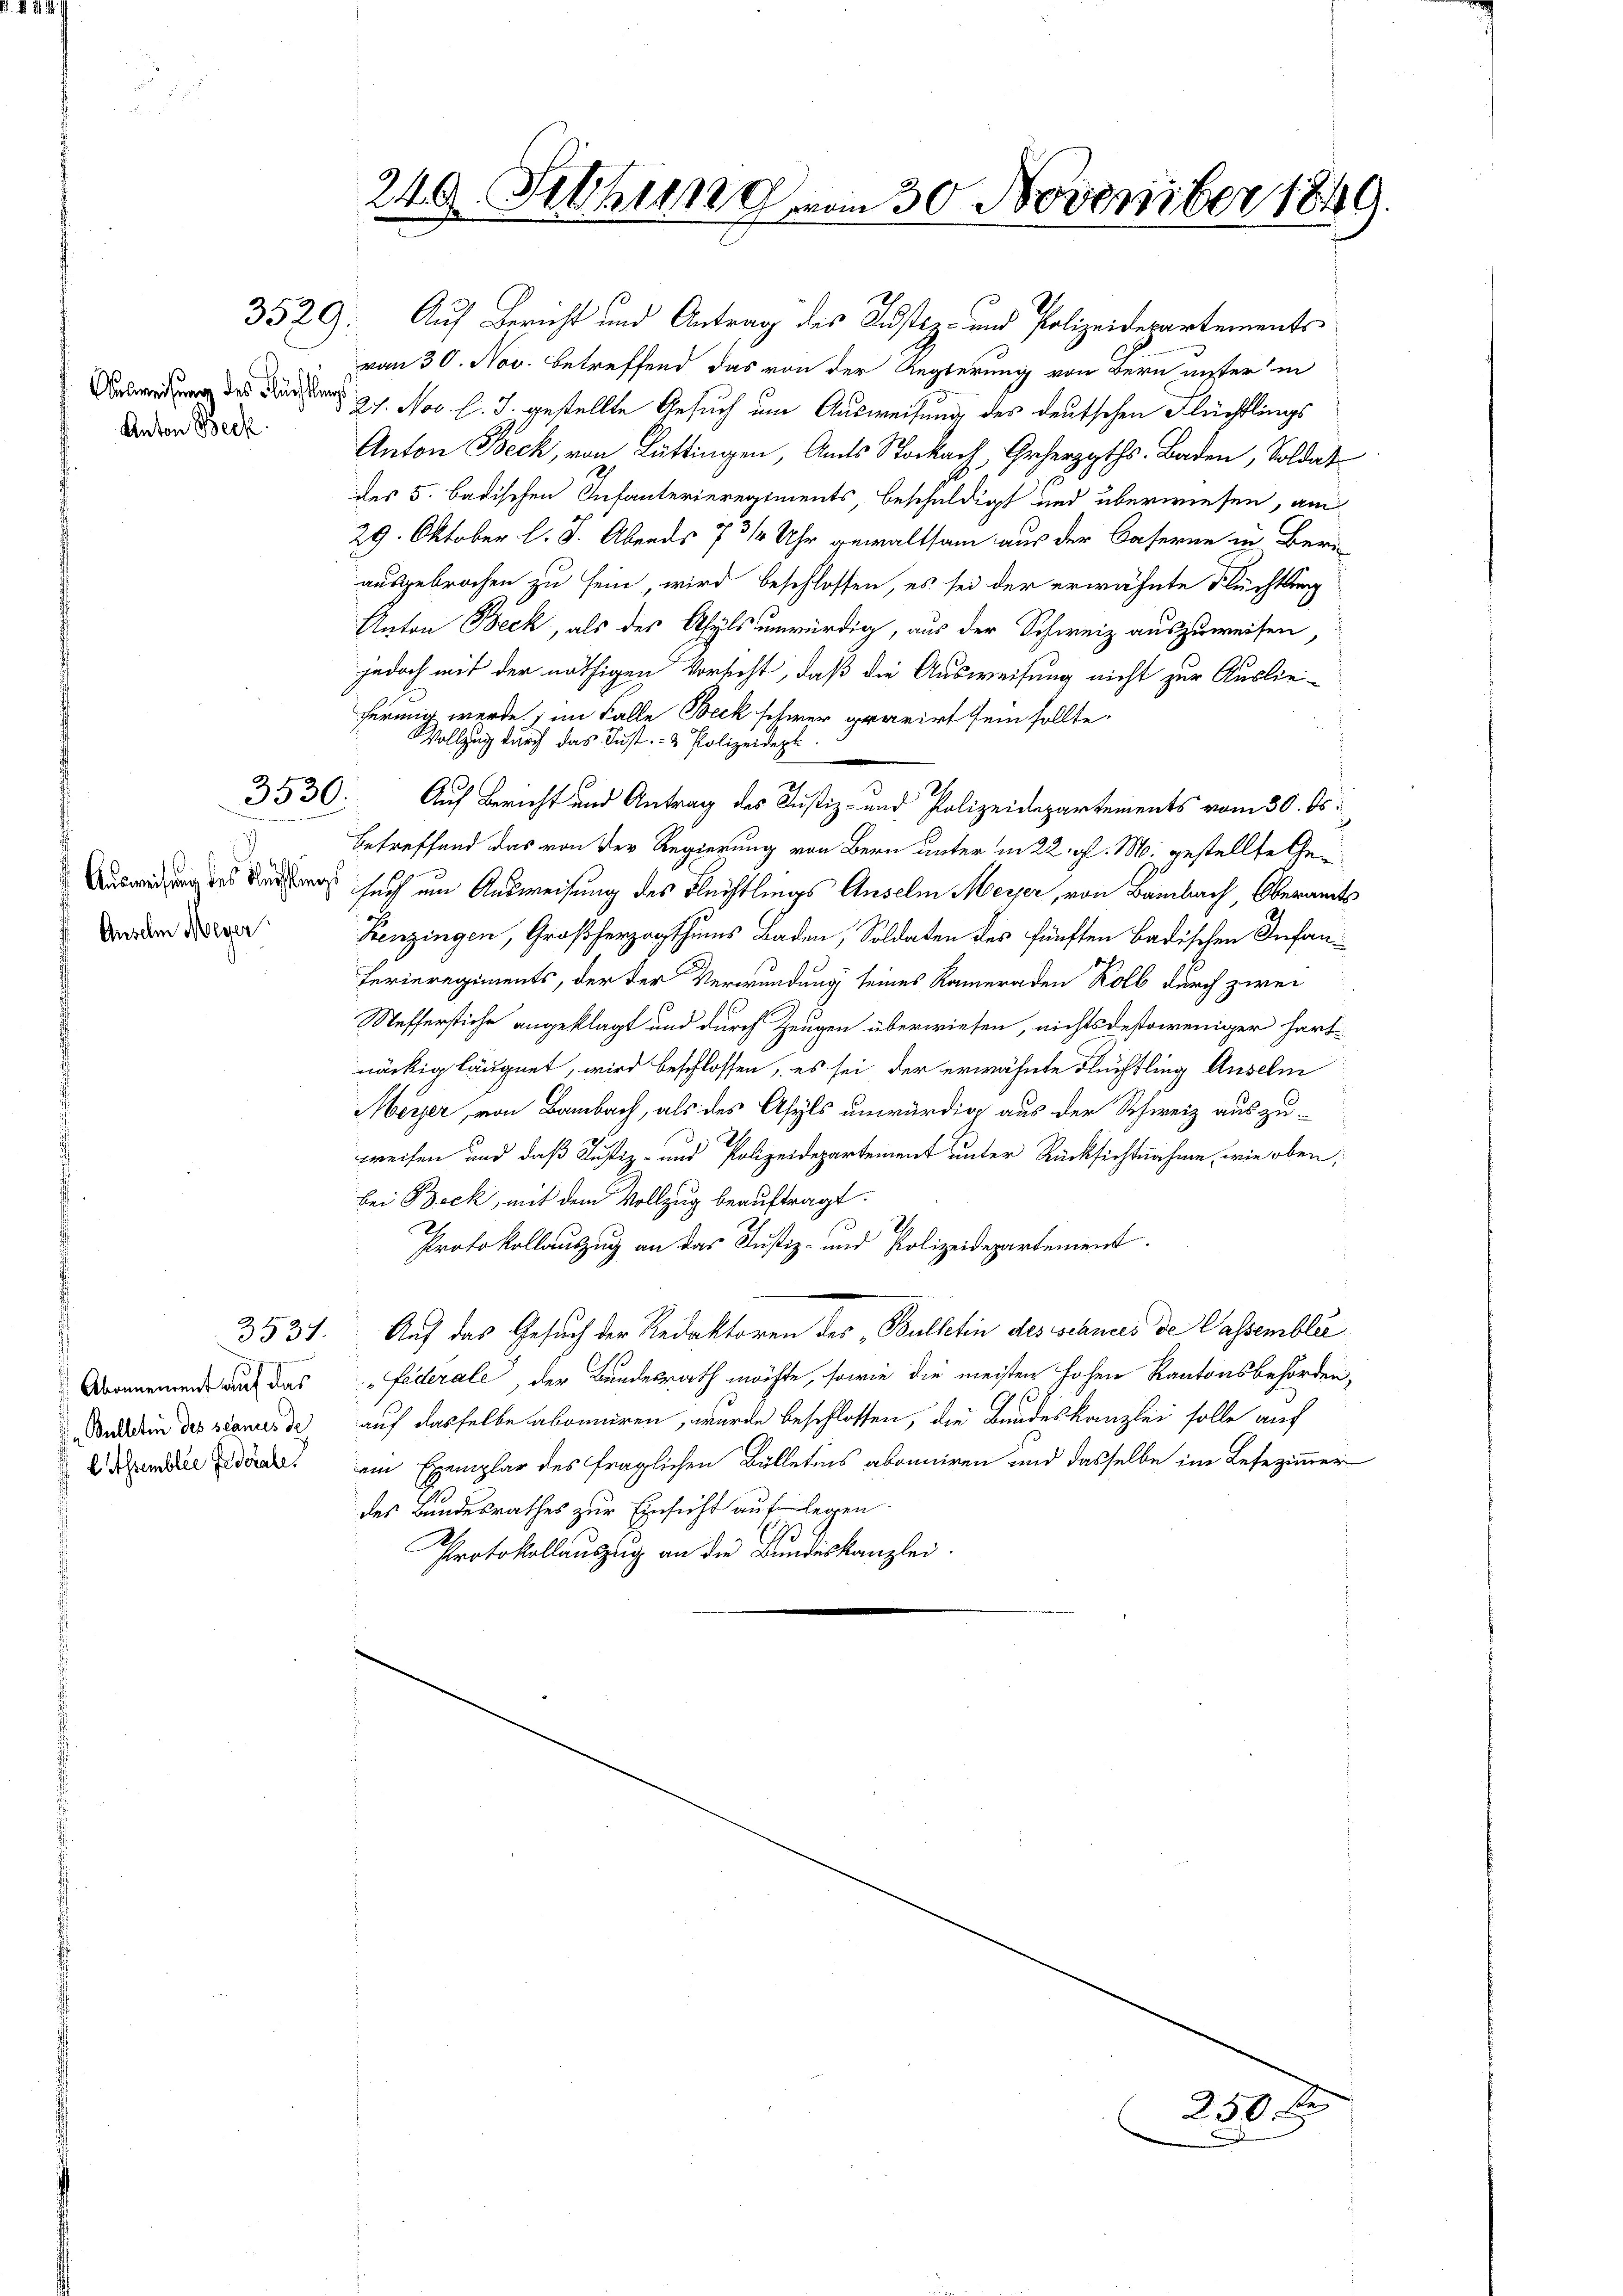
Anton Beck.

Abonnement auf das
Bulletin des scanus de
 l Assemblée Jederale.

3529.

Ausweisung des Rechtlings
 Ansehn Meyer

3530.

2 x
3337.

vom 30. Nov. betreffend, das von der Regierung von Bern unter in
dung des Feder 27. Nov. l. J. gestellte Gesuch um Ausweisung des deutschen Flüchtlings
Anton Beck, von Lüttingen, Amts Stockach, Geherzgths. Baden, Soldat
des 5. badischen Infanterieregiments, beschuldigt und überwiesen, am
29. Oktober l. J. Abends 7 3/4 Uhr gewaltsam aus der Caserne in Beri
ausgebrochen zu sein, wird beschlossen, es sei der erwähnte Flüchtlung
Anton Beck, als des Asyls unwürdig, aus der Schweiz auszuweisen,
jedoch mit der nöthigen Vorsicht, daß die Ausweisung nicht zur Ausliefermig werde, im Falle Beck schwer gravirt sein sollte.
Vollzug durch das Just- & Polizeidept
Auf Bericht und Antrag des Justiz- und Polizeidepartements vom 30. ds.
Betreffend das von der Regierung von Bern unter in 22. gl. M. gestellte Gesuch um Ausweisung des Flechtlings Anselm Meyer, von Bambach, Oberamts
Benzingen, Großherzogthums Baden, Soldaten des fünften Badischen Infan¬
Ferieregiments, der der Verwundung seines Kameraden Kolb durch zwei
Mefferstiche angeklagt und durch Zeugen überwiesen, nichtsdestoweniger hartnäckig läugnet, wird beschlossen, es sei der erwähnte Flüchtling Anselm
Meyer, von Bambach, als des Asyls unwürdig aus der Schweiz auszugweisen und daß Justiz- und Polizeidepartement unter Rücksichtnahme, wie oben,
bei Beck, mit dem Vollzug beauftragt.
Protokollauszug an das Justiz- und Polizeidepartement.
Auf das Gesuch der Redaktoren des „Bulletin des schnes de Cassemblée
"Federale, der Bundesrath möchte, sowie die meister hohen Kantonsbehörden,
auf dasselbe abonniren, wurde beschlossen, die Bandeskanzlei solle auf
ein Exemplar des fraglichen Bülletins abonniren und dasselbe im Lesezimmer
des Bundesrathes zur Einsicht auflegen.
Protokollauszug an die Bundeskanzlei.

Auf Bericht und Antrag des Justiz- und Polizeidepartements

249. Setzung vom 30. November 1849.

30